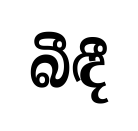
බීඳී